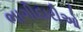
ભાગીદારીઓ